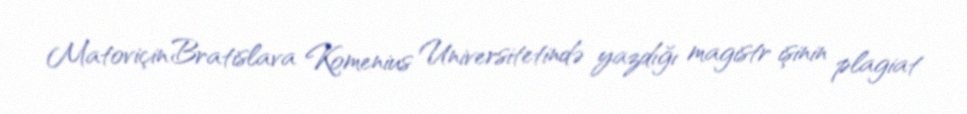
Matoviçin Bratislava Komenius Universitetində yazdığı magistr işinin plagiat